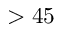
> 4 5